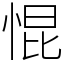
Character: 惃